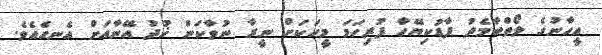
އީހާނުގެ ލޯތްބާމެދު ފާޑުކިޔޭހާ ފުރިހަމަ މީހަކަށް ނީރާ ނުވާކަން ޚުދު އޭނާއަށް އެނގެއެވެ.